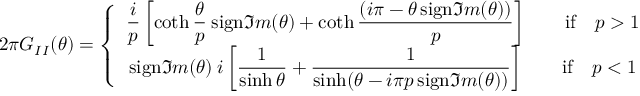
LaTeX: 2 \pi G _ { I I } ( \theta ) = \left\{ \begin{array} { c } { { \displaystyle \displaystyle \frac { i } { p } \left[ \coth \displaystyle \frac { \theta } { p } \: \mathrm { s i g n } \Im m ( \theta ) + \coth \displaystyle \frac { ( i \pi - \theta \, \mathrm { s i g n } \Im m ( \theta ) ) } { p } \right] \qquad \mathrm { i f } \quad p > 1 } } \\ { { \mathrm { s i g n } \Im m ( \theta ) \: i \left[ \displaystyle \frac { 1 } { \sinh \theta } + \displaystyle \frac { 1 } { \sinh ( \theta - i \pi p \, \mathrm { s i g n } \Im m ( \theta ) ) } \right] \qquad \mathrm { i f } \quad p < 1 } } \end{array} \right.